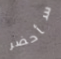
سأحضر